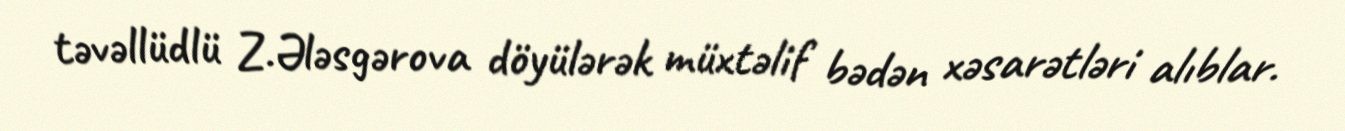
təvəllüdlü Z.Ələsgərova döyülərək müxtəlif bədən xəsarətləri alıblar.